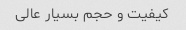
کیفیت و حجم بسیار عالی